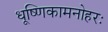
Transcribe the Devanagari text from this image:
धूष्णिकामनोहरः